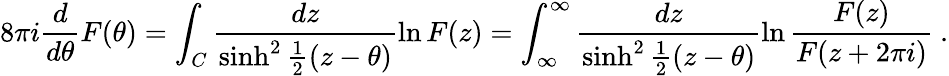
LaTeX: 8\pi i\frac{d}{d\theta}F(\theta)=\int_{C}\frac{dz}{\sinh^{2}{\frac{1}{2}(z-\theta)}}\ln F(z)=\int_{\infty}^{\infty}\frac{dz}{\sinh^{2}{\frac{1}{2}(z-\theta)}}\ln{\frac{F(z)}{F(z+2\pi i)}}\ .